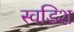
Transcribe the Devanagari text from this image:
स्वडिश